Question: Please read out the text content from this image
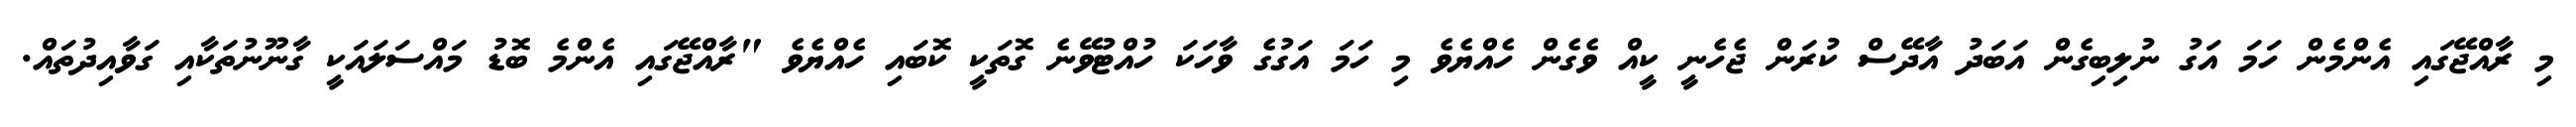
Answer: މި ރާއްޖޭގައި އެންމެން ހަމަ އަގު ނުލިބިގެން އަބަދު އާދޭސް ކުރަން ޖެހެނީ ކީއް ވެގެން ހެއްޔެވެ މި ހަމަ އަގުގެ ވާހަކަ ހުއްޓުވޭނެ ގޮތަކީ ކޮބައި ހެއްޔެވެ "ރާއްޖޭގައި އެންމެ ބޮޑު މައްސަލައަކީ ގާނޫނުތަކާއި ގަވާއިދުތައް.